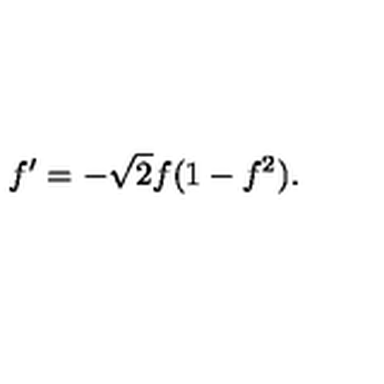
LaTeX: f ^ { \prime } = - \sqrt { 2 } f ( 1 - f ^ { 2 } ) .